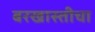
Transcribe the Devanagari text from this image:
बरखास्तीचा